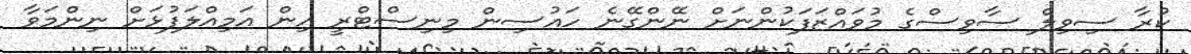
ކުރާ ސިވިލް ސާވިސްގެ މުވައްޒަފަކުންނަށް ނޭންގޭނެ ހައުސިން މިނިސްޓްރީ އިން އަމިއްލަފުޅަށް ނިންމަވާ